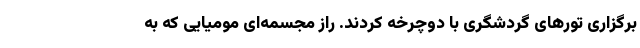
برگزاری تور‌های گردشگری با دوچرخه کردند. راز مجسمه‌ای مومیایی که به